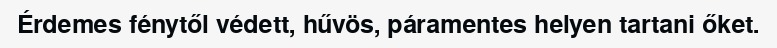
Érdemes fénytől védett, hűvös, páramentes helyen tartani őket.